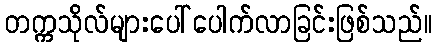
တက္ကသိုလ်များပေါ်ပေါက်လာခြင်းဖြစ်သည်။